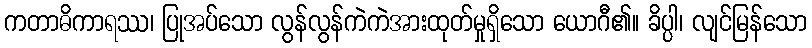
ကတာဓိကာရဿ၊ ပြုအပ်သော လွန်လွန်ကဲကဲအားထုတ်မှုရှိသော ယောဂီ၏။ ခိပ္ပါ၊ လျင်မြန်သော